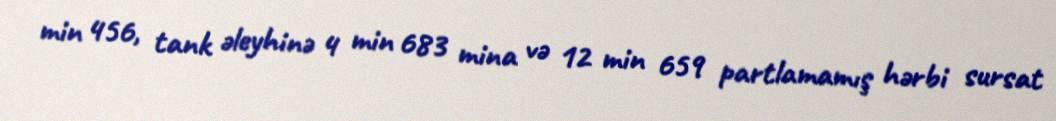
min 456, tank əleyhinə 4 min 683 mina və 12 min 659 partlamamış hərbi sursat